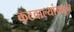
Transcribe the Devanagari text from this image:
कटवाल्यांकडून